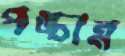
পঙ্চান্ন